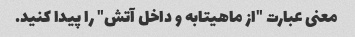
معنی عبارت "از ماهیتابه و داخل آتش" را پیدا کنید.